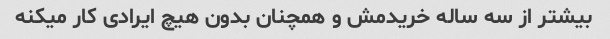
بیشتر از سه ساله خریدمش و همچنان بدون هیچ ایرادی کار میکنه